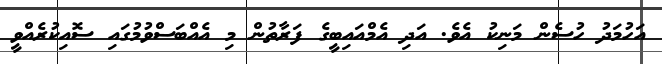
އަހުމަދު ހުސެން މަނިކު އެވެ. އަދި އެމްއައިބީގެ ފަރާތުން މި އެއްބަސްވުމުގައި ސޮއިކުރެއްވީ